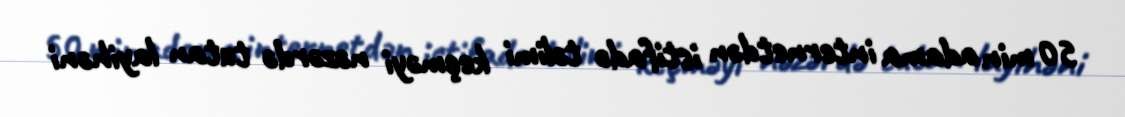
50 min adama internetdən istifadə təlimi keçməyi nəzərdə tutan layihəni